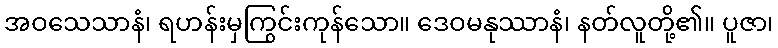
အဝသေသာနံ၊ ရဟန်းမှကြွင်းကုန်သော။ ဒေဝမနုဿာနံ၊ နတ်လူတို့၏။ ပူဇာ၊